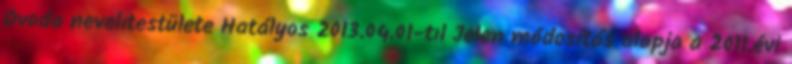
Óvoda nevelıtestülete Hatályos 2013.04.01-tıl Jelen módosítás alapja a 2011.évi